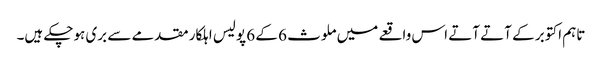
تاہم اکتوبر کے آتے آتے اس واقعے میں ملوث 6 کے 6 پولیس اہلکار مقدمے سے بری ہوچکے ہیں۔